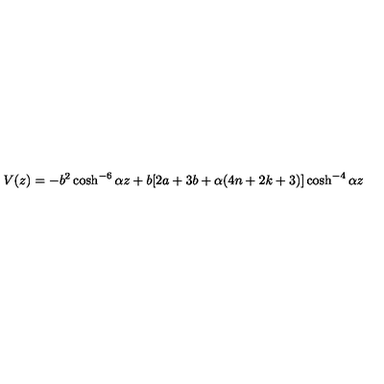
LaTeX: V ( z ) = - b ^ { 2 } \cosh ^ { - 6 } { \alpha z } + b [ 2 a + 3 b + \alpha ( 4 n + 2 k + 3 ) ] \cosh ^ { - 4 } { \alpha z }